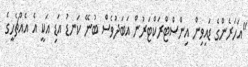
"އަހަރެންގެ ޑައިވިން އިންސްޓްރަކްޓަރުން އަބަދުވެސް ބުނޭ ކަނޑު އަޑި އަކީ އެ އެއްޗެހީގެ